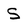
Character: S